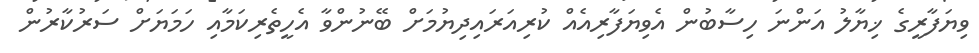
ވިޔަފާރީގެ ޚިޔާލު އަންނަ ހިސާބުން އެވިޔަފާރިއެއް ކުރިއަރައިދިޔުމަށް ބޭނުންވާ އެހީތެރިކަމާއި ހަމަޔަށް ސަރުކާރުން